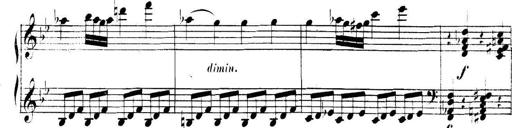
Title: Collected Piano Sonatas
Composer: Muzio Clementi